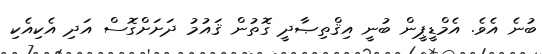
ބުނެ އެވެ. އެމްޑީޕީން ބުނީ އިޤްތިޞާދީ ގޮތުން ޤައުމު ދަށަށްގޮސް އަދި އެކިއެކި